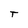
Character: T